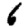
Digit: 6